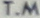
T.M